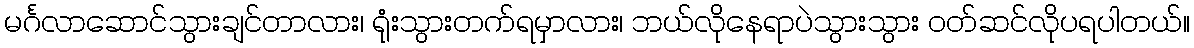
မင်္ဂလာဆောင်သွားချင်တာလား၊ ရုံးသွားတက်ရမှာလား၊ ဘယ်လိုနေရာပဲသွားသွား ဝတ်ဆင်လိုပရပါတယ်။